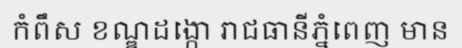
កំពឹស ខណ្ឌដង្កោ រាជធានីភ្នំពេញ មាន